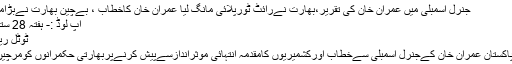
جنرل اسمبلی میں عمران خان کی تقریر،بھارت نےرائٹ ٹورپلائی مانگ لیا عمران خان کاخطاب ، بےچین بھارت نےبڑامطالبہ کردیا
اپ لوڈ :- ہفتہ 28 ستمبر 2019
ٹوٹل ریڈز :- 172
وزیراعظم پاکستان عمران خان کےجنرل اسمبلی سےخطاب اورکشمیریوں کامقدمہ انتہائی موثراندازسےپیش کرنےپربھارتی حکمرانوں کومرچیں لگ گئیں ۔